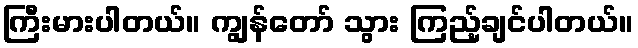
ကြီးမားပါတယ်။ ကျွန်တော် သွား ကြည့်ချင်ပါတယ်။